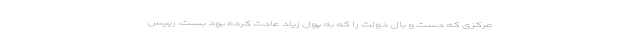
مرکزی که دست و بال دولت را که به پول زیاد عادت کرده بود بست، رییس